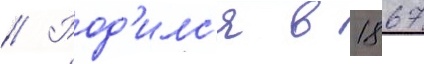
// Род'илс'я в 1867